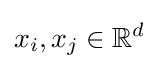
x_{i},x_{j}\in \mathbb {R} ^{d}